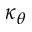
\kappa _ { \theta }